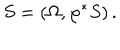
LaTeX: S = ( \Omega , \varphi ^ { * } S ) \, .